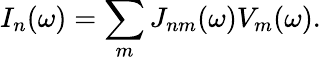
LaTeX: I_{n}(\omega)=\sum_{m}J_{nm}(\omega)V_{m}(\omega).